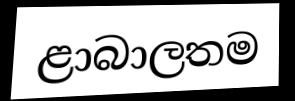
ළාබාලතම